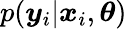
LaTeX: p(\boldsymbol{y}_{i}|\boldsymbol{x}_{i},\boldsymbol{\theta})